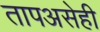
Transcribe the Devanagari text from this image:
तापअसेही